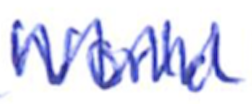
Text: World
Cross-out: zig-zag
Writing tool: ballpoint